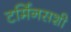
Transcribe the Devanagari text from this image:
टर्मिनसशी